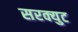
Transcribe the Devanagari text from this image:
सरक्युट